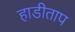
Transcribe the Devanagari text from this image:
हाडीताप